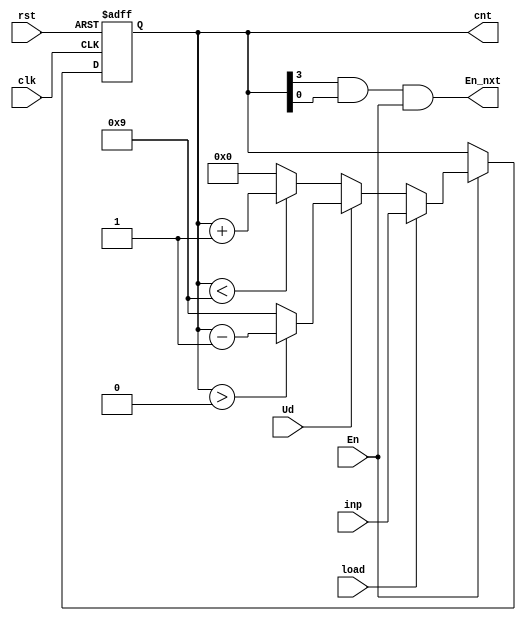
`timescale 1ns / 1ps
//////////////////////////////////////////////////////////////////////////////////
// Company: California Polytechnic University, Pomona
// 
// Design Name: 
// Module Name: up_downcounter_1dig
// Project Name: Lab 6
// Target Devices: NEXYS A7 100T
// Tool Versions: 
// Description: Top file for lab6
// 
// Dependencies: Single digit up/down counter with reset, enable, and load with an input of 4-bits 
// 
// Revision:
// Revision 0.01 - File Created
// Additional Comments:
// 
//////////////////////////////////////////////////////////////////////////////////


module up_downcounter_1dig(
    input clk, rst,
    input En,
    input Ud,
    input load,
    input [3:0] inp,
    
    output En_nxt,
    output [3:0] cnt
    
    );
    reg [3:0] tmp=0;
    //reg done;
    //reg inp_tmp;
    
    /*always@(posedge clk or posedge rst)
    begin   
    case(inp)
    4'b0000: inp_tmp = 0;
    4'b0001: inp_tmp = 1;     
    4'b0010: inp_tmp = 2;
    4'b0011: inp_tmp = 3;
    4'b0100: inp_tmp = 4;
    4'b0101: inp_tmp = 5;
    4'b0110: inp_tmp = 6;
    4'b0111: inp_tmp = 7;
    4'b1000: inp_tmp = 8;
    4'b1001: inp_tmp = 9;
    endcase  
    end*/
    
    always@(posedge clk or posedge rst)
    begin:UP_DOWN_COUNT
        if(rst)
            tmp <= 0;
        else 
        begin
            if(En)
               begin:Active_Counting
                   if(load)
                       tmp <= inp;
                   else
                   
                       if(Ud)//count down
                       begin
                           if(tmp > 0)
                              tmp <= tmp-1;
                           else
                              tmp <= 9;
                               
                       end
                       else 
                       
                           if(~Ud)     
                               begin
                                   if(tmp < 9)        
                                       tmp <= tmp+1;
                                   else
                                      tmp <= 0;
                              end
                                
               end     
        end   
  end
             
   assign cnt = tmp;
   assign En_nxt = tmp[3] & tmp[0] & En;

endmodule